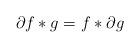
LaTeX: \begin{align*} \partial f * g = f * \partial g \end{align*}